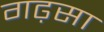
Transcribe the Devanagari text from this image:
गढ़सा